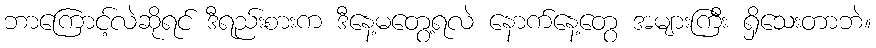
ဘာကြောင့်လဲဆိုရင် ဒီရည်းစားက ဒီနေ့မတွေ့ရလဲ နောက်နေ့တွေ အများကြီး ရှိသေးတာဘဲ။